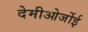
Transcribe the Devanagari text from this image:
देमीओर्जोई